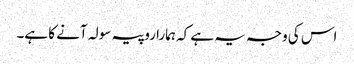
اس کی وجہ یہ ہے کہ ہمارا روپیہ سولہ آنے کا ہے۔